Lunatic asylums Punjab 1881-1894 - 1881-1894
Year: 1881
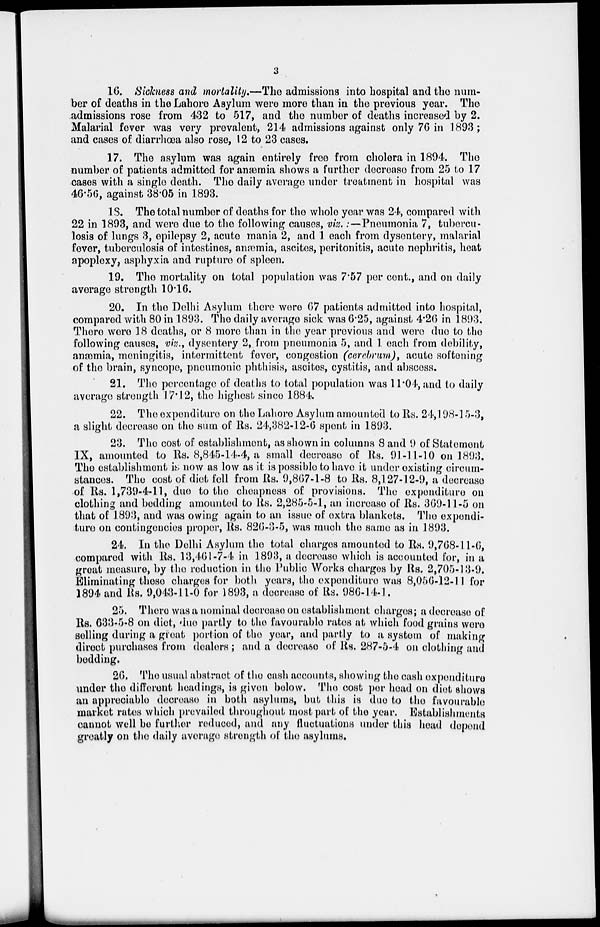
3
16. Sickness and mortality.—The admissions into hospital and the num-
ber of deaths in the Lahore Asylum were more than in the previous year. The
admissions rose from 432 to 517, and the number of deaths increased by 2.
Malarial fever was very prevalent, 214 admissions against only 76 in 1893 ;
and cases of diarrhœa also rose, 12 to 23 cases.
17. The asylum was again entirely free from cholera in 1894. The
number of patients admitted for anæmia shows a further decrease from 25 to 17
cases with a single death. The daily average under treatment in hospital was
46.56, against 38.05 in 1893.
18. The total number of deaths for the whole year was 24, compared with
22 in 1893, and were due to the following causes, viz. :—Pneumonia 7, tubercu-
losis of lungs 3, epilepsy 2, acute mania 2, and 1 each from dysentery, malarial
fever, tuberculosis of intestines, anæmia, ascites, peritonitis, acute nephritis, heat
apoplexy, asphyxia and rupture of spleen.
19. The mortality on total population was 7.57 per cent., and on daily
average strength 10.16.
20. In the Delhi Asylum there were 67 patients admitted into hospital,
compared with 80 in 1893. The daily average sick was 6.25, against 4.26 in 1893.
There were 18 deaths, or 8 more than in the year previous and were due to the
following causes, viz., dysentery 2, from pneumonia 5, and 1 each from debility,
anæmia, meningitis, intermittent fever, congestion (cerebrum), acute softening
of the brain, syncope, pneumonic phthisis, ascites, cystitis, and abscess.
21. The percentage of deaths to total population was 11.04, and to daily
average strength 17.12, the highest since 1884.
22. The expenditure on the Lahore Asylum amounted to Rs. 24,198-15-3,
a slight decrease on the sum of Rs. 24,382-12-6 spent in 1893.
23. The cost of establishment, as shown in columns 8 and 9 of Statement
IX, amounted to Rs. 8,845-14-4, a small decrease of Rs. 91-11-10 on 1893.
The establishment is now as low as it is possible to have it under existing circum-
stances. The cost of diet fell from Rs. 9,807-1-8 to Rs. 8,127-12-9, a decrease
of Rs. 1,739-4-11, due to the cheapness of provisions. The expenditure on
clothing and bedding amounted to Rs. 2,285-5-1, an increase of Rs. 369-11-5 on
that of 1893, and was owing again to an issue of extra blankets. The expendi-
ture on contingencies proper, Rs. 826-3-5, was much the same as in 1893.
24. In the Delhi Asylum the total charges amounted to Rs. 9,768-11-6,
compared with Rs. 13,461-7-4 in 1893, a decrease which is accounted for, in a
groat measure, by the reduction in the Public Works charges by Rs. 2,705-13-9.
Eliminating these charges for both years, the expenditure was 8,050-12-11 for
1894 and Rs. 9,043-11-0 for 1893, a decrease of Rs. 986-14-1.
25. There was a nominal decrease on establishment charges; a decrease of
Rs. 633-5-8 on diet, due partly to the favourable rates at which food grains were
selling during a great portion of the year, and partly to a system of making
direct purchases from dealers ; and a decrease of Rs. 287-5-4 on clothing and
bedding.
26. The usual abstract of the cash accounts, showing the cash expenditure
under the different headings, is given below. The cost per head on diet shows
an appreciable decrease in both asylums, but this is due to the favourable
market rates which prevailed throughout most part of the year. Establishments
cannot well be further reduced, and any fluctuations under this head depend
greatly on the daily average strength of the asylums.